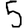
Digit: 5